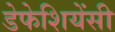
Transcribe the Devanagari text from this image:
डेफेशियेंसी